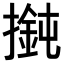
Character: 𢵶